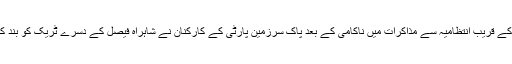
تفصیلات کے مطابق شاہراہ فیصل پر واقع عائشہ باوانی کے قریب انتظامیہ سے مذاکرات میں ناکامی کے بعد پاک سرزمین پارٹی کے کارکنان نے شاہراہ فیصل کے دسرے ٹریک کو بند کیا تو پولیس کی جانب سے لاٹھی چارج شروع کردیا گیا۔